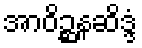
အာဝိဉ္ဆနဆိဒ္ဒံ